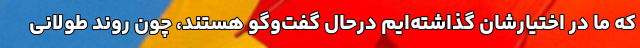
که ما در اختیارشان گذاشته‌ایم درحال گفت‌وگو هستند، چون روند طولانی